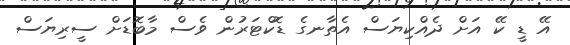
އޭ ޑީ ކޭ އަށް ދެއްކިޔަސް އެތާނގެ ޑޮކްޓަރުން ވެސް މާބޮޑަށް ސީރިޔަސް